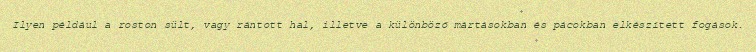
Ilyen például a roston sült, vagy rántott hal, illetve a különböző mártásokban és pácokban elkészített fogások.